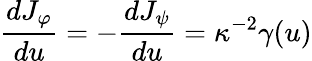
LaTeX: {\frac{dJ_{\varphi}}{du}}=-{\frac{dJ_{\psi}}{du}}=\kappa^{-2}\gamma(u)